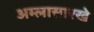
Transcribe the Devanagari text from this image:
अम्लासारखे